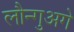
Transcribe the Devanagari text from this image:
लौन्गुअगे